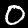
Label: 0